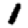
Digit: 1